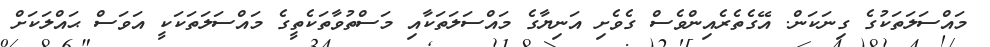
މައްސަލަތަކުގެ ގިނަކަން. އޭގެތެރެއިންވެސް ގެވެށި އަނިޔާގެ މައްސަލަތަކާއި މަސްތުވާތަކެތީގެ މައްސަލަތަކަކީ އަވަސް ޙައްލަކަށް